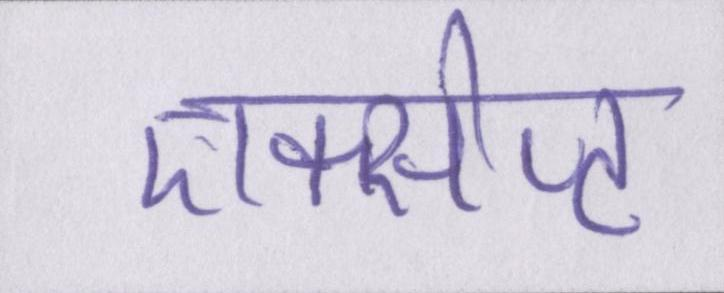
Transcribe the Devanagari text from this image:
एक्सेप्ट